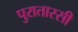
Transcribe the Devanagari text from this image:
पुरातास्सी